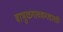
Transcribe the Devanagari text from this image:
बाभुळगावकरशास्त्री